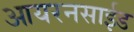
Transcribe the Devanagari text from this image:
आयरनसाईड